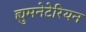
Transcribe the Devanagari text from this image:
ह्युमनेटेरियन